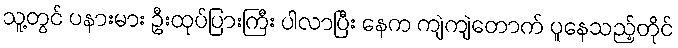
သူ့တွင် ပနားမား ဦးထုပ်ပြားကြီး ပါလာပြီး နေက ကျဲကျဲတောက် ပူနေသည့်တိုင်